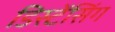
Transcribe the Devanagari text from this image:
डिस्टेंसिंग